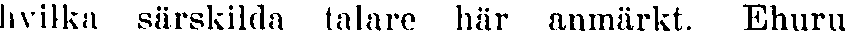
hvilka särskilda talare här anmärkt. Ehuru